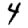
Digit: 4